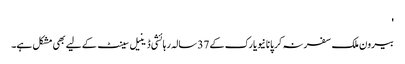
'
بیرون ملک سفر نہ کر پانا نیویارک کے 37 سالہ رہائشی ڈینیل سینٹ کے لیے بھی مشکل ہے۔